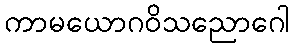
ကာမယောဂဝိသညောဂေါ